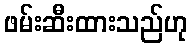
ဖမ်းဆီးထားသည်ဟု